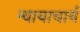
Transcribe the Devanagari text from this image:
न्यायाचार्य